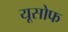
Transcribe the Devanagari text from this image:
यूसोफ